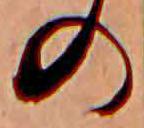
の